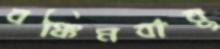
বঙ্কিমবাবু